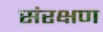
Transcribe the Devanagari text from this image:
संरक्षण